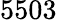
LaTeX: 5503